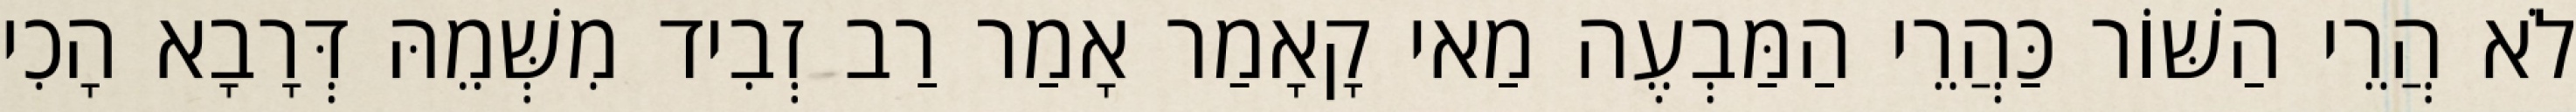
לֹא הֲרֵי הַשּׁוֹר כַּהֲרֵי הַמַּבְעֶה מַאי קָאָמַר אָמַר רַב זְבִיד מִשְּׁמֵהּ דְּרָבָא הָכִי